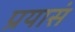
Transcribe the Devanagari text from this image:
प्रयासं